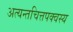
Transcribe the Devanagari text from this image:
अत्यन्तचित्तपक्वस्य